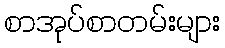
စာအုပ်စာတမ်းများ